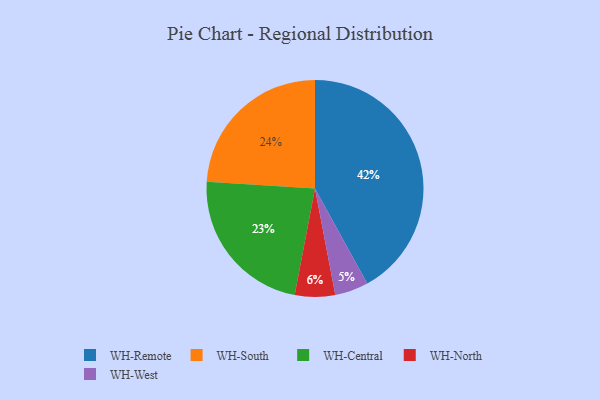
{"axis": {"x": "Category", "y": "Percentage"}, "legend": ["WH-Central", "WH-North", "WH-Remote", "WH-South", "WH-West"], "data": [{"x": "WH-North", "y": 6, "type": "WH-North"}, {"x": "WH-Remote", "y": 42, "type": "WH-Remote"}, {"x": "WH-South", "y": 24, "type": "WH-South"}, {"x": "WH-West", "y": 5, "type": "WH-West"}, {"x": "WH-Central", "y": 23, "type": "WH-Central"}]}